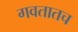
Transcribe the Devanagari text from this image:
गवतातच